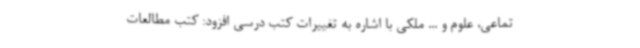
تماعی، علوم و ... ملکی با اشاره به تغییرات کتب درسی افزود: کتب مطالعات